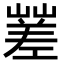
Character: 𡽓